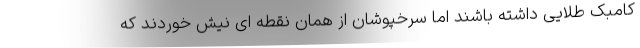
کامبک طلایی داشته باشند اما سرخپوشان از همان نقطه ای نیش خوردند که